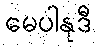
မေပါနုဒီ